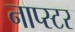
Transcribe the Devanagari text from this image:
नाप्स्टर